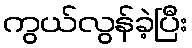
ကွယ်လွန်ခဲ့ပြီး